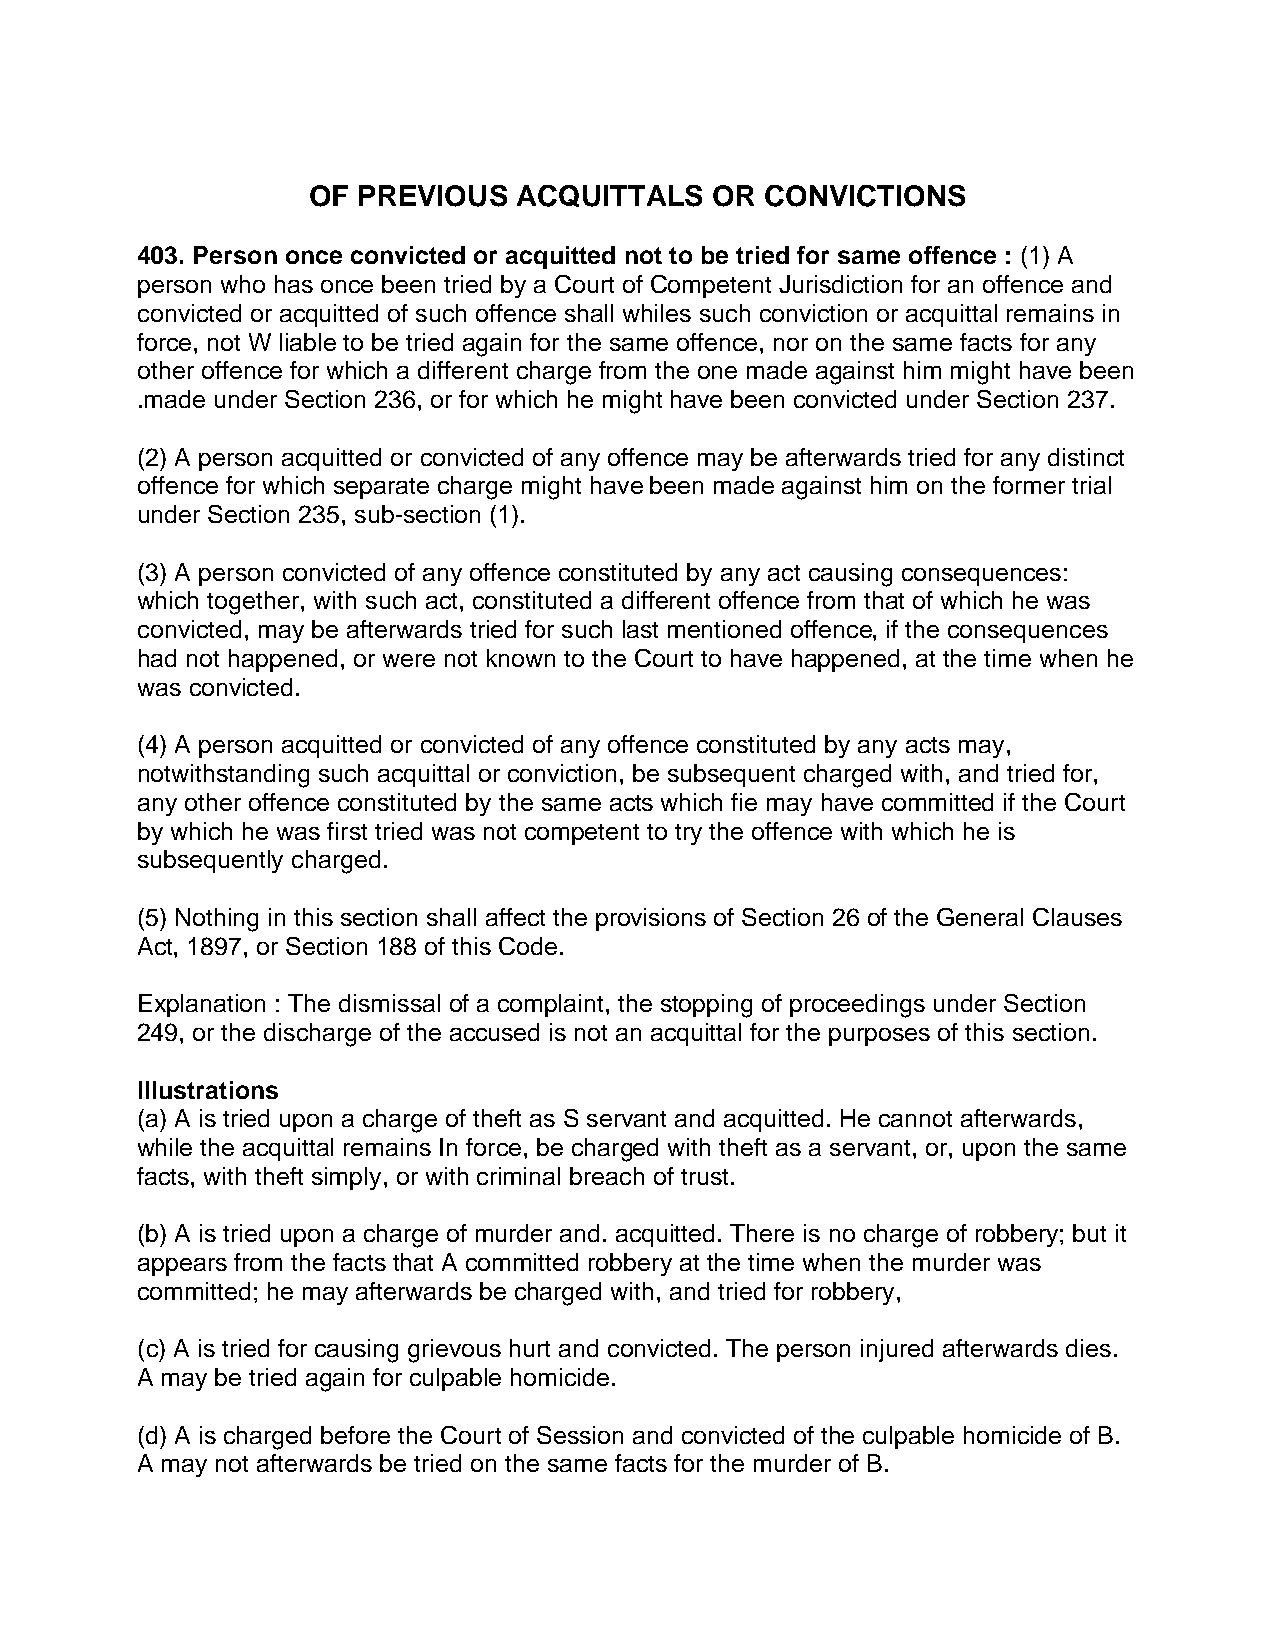
OF  PREVIOUS  ACQUITTALS   OR  CONVICTIONS
 403. Person once convicted or acquitted not to be tried for same offence : (1) A
 person who has once been tried by a Court of Competent Jurisdiction for an offence and
 convicted or acquitted of such offence shall whiles such conviction or acquittal remains in
 force, not W liable to be tried again for the same offence, nor on the same facts for any
 other offence for which a different charge from the one made against him might have been
 .made under Section 236, or for which he might have been convicted under Section 237.
 (2) A person acquitted or convicted of any offence may be afterwards tried for any distinct
 offence for which separate charge might have been made against him on the former trial
 under Section 235, sub-section (1).
 (3) A person convicted of any offence constituted by any act causing consequences:
 which together, with such act, constituted a different offence from that of which he was
 convicted, may be afterwards tried for such last mentioned offence, if the consequences
 had not happened, or were not known to the Court to have happened, at the time when he
 was convicted.
 (4) A person acquitted or convicted of any offence constituted by any acts may,
 notwithstanding such acquittal or conviction, be subsequent charged with, and tried for,
 any other offence constituted by the same acts which fie may have committed if the Court
 by which he was first tried was not competent to try the offence with which he is
 subsequently charged.
 (5) Nothing in this section shall affect the provisions of Section 26 of the General Clauses
 Act, 1897, or Section 188 of this Code.
 Explanation : The dismissal of a complaint, the stopping of proceedings under Section
 249, or the discharge of the accused is not an acquittal for the purposes of this section.
 Illustrations
 (a) A is tried upon a charge of theft as S servant and acquitted. He cannot afterwards,
 while the acquittal remains In force, be charged with theft as a servant, or, upon the same
 facts, with theft simply, or with criminal breach of trust.
 (b) A is tried upon a charge of murder and. acquitted. There is no charge of robbery; but it
 appears from the facts that A committed robbery at the time when the murder was
 committed; he may afterwards be charged with, and tried for robbery,
 (c) A is tried for causing grievous hurt and convicted. The person injured afterwards dies.
 A may be tried again for culpable homicide.
 (d) A is charged before the Court of Session and convicted of the culpable homicide of B.
 A may not afterwards be tried on the same facts for the murder of B.